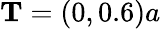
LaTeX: \textbf{T}=(0,0.6)a